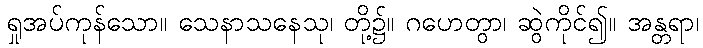
ရှုအပ်ကုန်သော။ သေနာသနေသု၊ တို့၌။ ဂဟေတွာ၊ ဆွဲကိုင်၍။ အန္တရာ၊